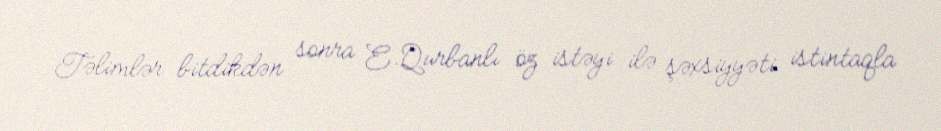
Təlimlər bitdikdən sonra E.Qurbanlı öz istəyi ilə şəxsiyyəti istintaqla